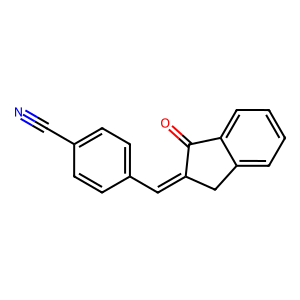
SMILES: N#Cc1ccc(C=C2Cc3ccccc3C2=O)cc1
Inhibits HIV replication: No